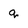
Character: q